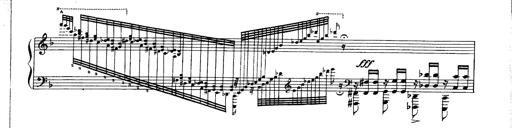
Title: Paraphrase de concert sur Ernani II
Composer: Franz Liszt